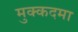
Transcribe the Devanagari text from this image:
मुक्कदमा